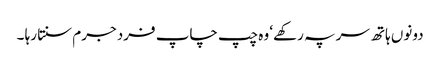
دونوں ہاتھ سر پہ رکھے‘ وہ چپ چاپ فرد جرم سنتا رہا ۔